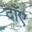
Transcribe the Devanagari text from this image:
दाँए